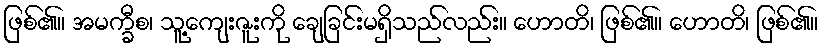
ဖြစ်၏။ အမက္ခီစ၊ သူ့ကျေးဇူးကို ချေခြင်းမရှိသည်လည်း။ ဟောတိ၊ ဖြစ်၏။ ဟောတိ၊ ဖြစ်၏။